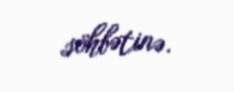
söhbətinə.